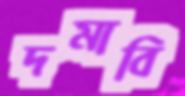
দমাবি